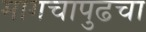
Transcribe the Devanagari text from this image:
मागचापुढचा